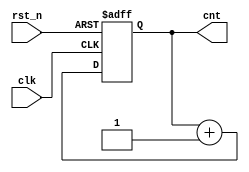
// ---------------------------------------------------------
//                     N-bit Counter
// Course: practice in digital logic design
// Assignment: for week2 A2
// --------------------- list ---------------------
// N-bit Counter
// ----------------------------------------------------------

// ------------------------------------------------
// N-bit Counter
// ------------------------------------------------
module counter (	cnt, clk, rst_n	);

parameter		N = 2	;

output	[N-1:0]		cnt	;
input			clk	;
input			rst_n	;

reg	[N-1:0]		cnt	;

always @(posedge clk or negedge rst_n) begin
	if (rst_n == 1'b0) begin
		cnt	 <= 0	;
	end else begin
		cnt	<= cnt+1;
	end
end

endmodule